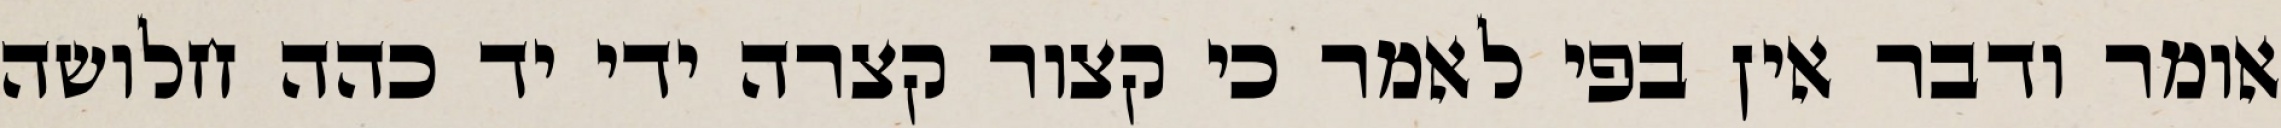
אומר ודבר אין בפי לאמר כי קצור קצרה ידי יד כהה חלושה